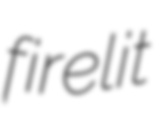
firelit